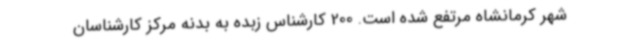
شهر کرمانشاه مرتفع شده است. 200 کارشناس زبده به بدنه مرکز کارشناسان